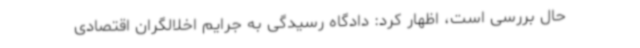
حال بررسی است، اظهار کرد: دادگاه رسیدگی به جرایم اخلالگران اقتصادی